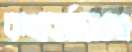
কথাবার্তায়ওএ